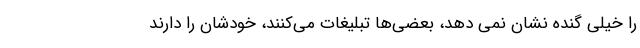
را خیلی گنده نشان نمی دهد، بعضی‌ها تبلیغات می‌کنند، خودشان را دارند